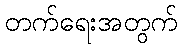
တက်ရေးအတွက်